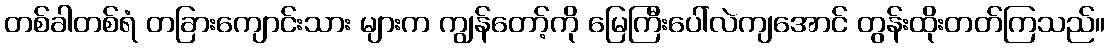
တစ်ခါတစ်ရံ တခြားကျောင်းသား များက ကျွန်တော့်ကို မြေကြီးပေါ်လဲကျအောင် တွန်းထိုးတတ်ကြသည်။